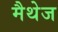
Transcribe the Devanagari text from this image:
मैथेज